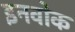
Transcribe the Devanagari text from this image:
इनवोक